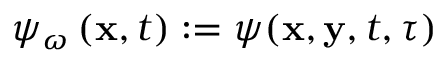
\psi _ { \omega } \left( \mathbf { x } , t \right) : = \psi ( \mathbf { x } , \mathbf { y } , t , \tau )